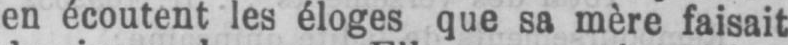
en écoutent les éloges que sa mère faisait